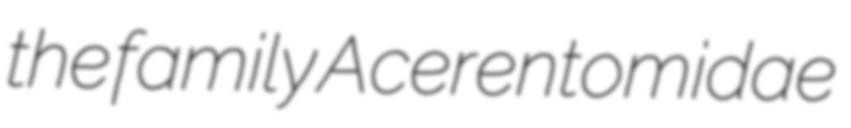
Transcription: the family Acerentomidae